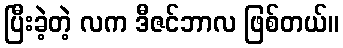
ပြီးခဲ့တဲ့ လက ဒီဇင်ဘာလ ဖြစ်တယ်။